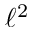
\ell ^ { 2 }